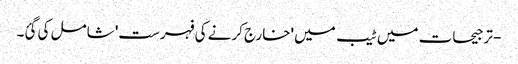
- ترجیحات میں ٹیب میں 'خارج کرنے کی فہرست' شامل کی گئ۔